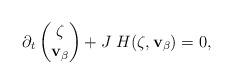
LaTeX: \begin{align*}\partial_t \begin{pmatrix}\zeta\\{\bf v}_\beta \end{pmatrix}+J\;H(\zeta, {\bf v}_\beta)=0,\end{align*}